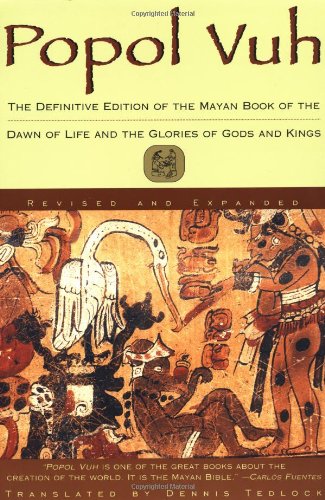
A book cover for Popol Vuh: The Definitive Edition of The Mayan Book of The Dawn of Life and The Glories of Gods and Kings; Science & Math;